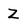
Character: Z